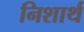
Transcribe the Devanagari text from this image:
निशार्थ